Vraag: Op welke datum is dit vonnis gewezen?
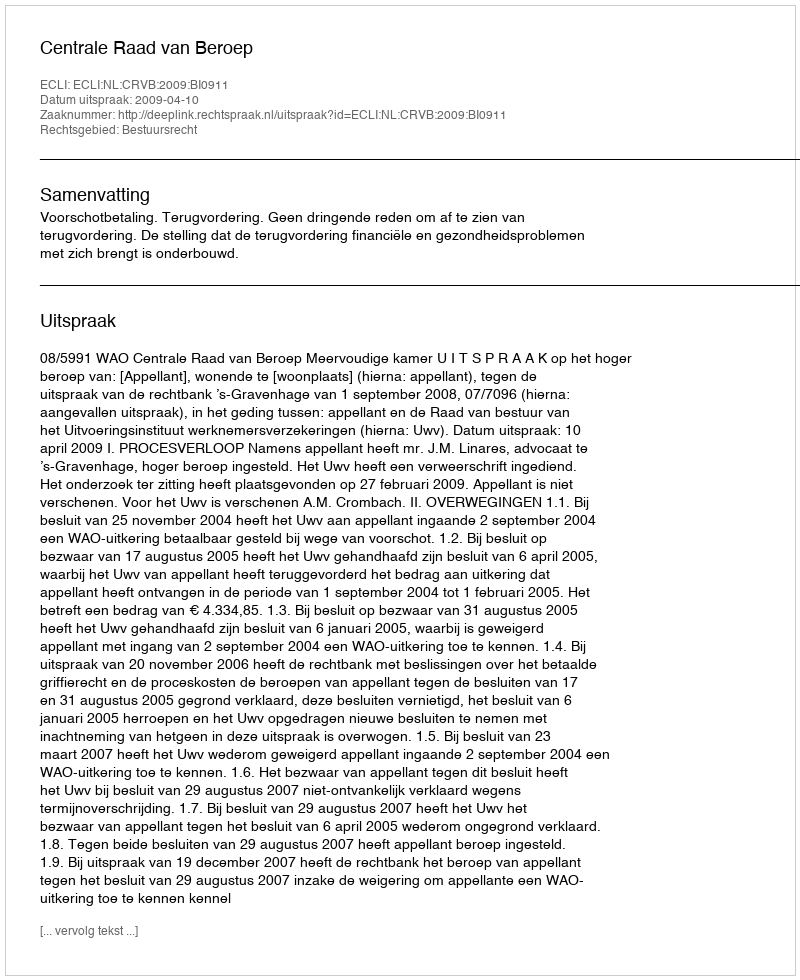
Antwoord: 2009-04-10